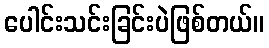
ပေါင်းသင်းခြင်းပဲဖြစ်တယ်။